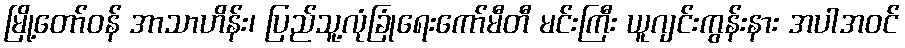
မြို့တော်ဝန် အာသာဟိန်း၊ ပြည်သူ့လုံခြုံရေးကော်မီတီ မင်းကြီး ယူဂျင်းကွန်းနား အပါအဝင်